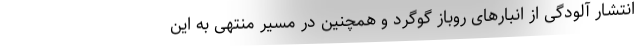
انتشار آلودگی از انبارهای روباز گوگرد و همچنین در مسیر منتهی به این